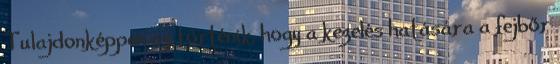
Tulajdonképpen az történik, hogy a kezelés hatására a fejbőr